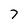
Character: 7